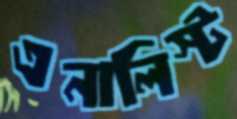
এনালিস্ট